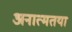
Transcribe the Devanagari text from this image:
अनात्मतया